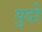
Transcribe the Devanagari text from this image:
युदो